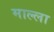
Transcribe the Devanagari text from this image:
माल्ला